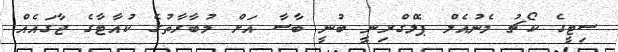
ސިޓީގެ ކޯޗު މެނުއެލް ޕެލްގްރިނީ ބުނީ ބާސާ އަށް މުބާރާތުގެ ކުއާޓާގެ ޖާގައެއް